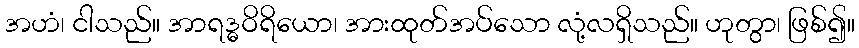
အဟံ၊ ငါသည်။ အာရဒ္ဓဝိရိယော၊ အားထုတ်အပ်သော လုံ့လရှိသည်။ ဟုတွာ၊ ဖြစ်၍။